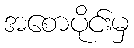
အစောပိုင်းမှ